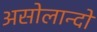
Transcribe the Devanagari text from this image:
असोलान्दो